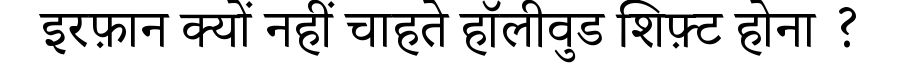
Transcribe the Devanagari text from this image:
इरफ़ान क्यों नहीं चाहते हॉलीवुड शिफ़्ट होना ?